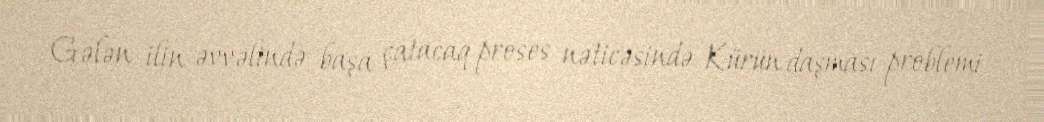
Gələn ilin əvvəlində başa çatacaq proses nəticəsində Kürün daşması problemi